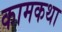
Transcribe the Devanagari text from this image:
कामकथा